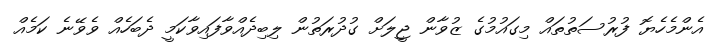
އެންމެހެޔޮ ފުރުސަތުތައް މިގައުމުގެ ޒުވާން ޖީލަށް ގުދުރަތުން ލިބިދެއްވާފައިވާކަމީ ދެބަހެއް ވެވޭނެ ކަމެއް